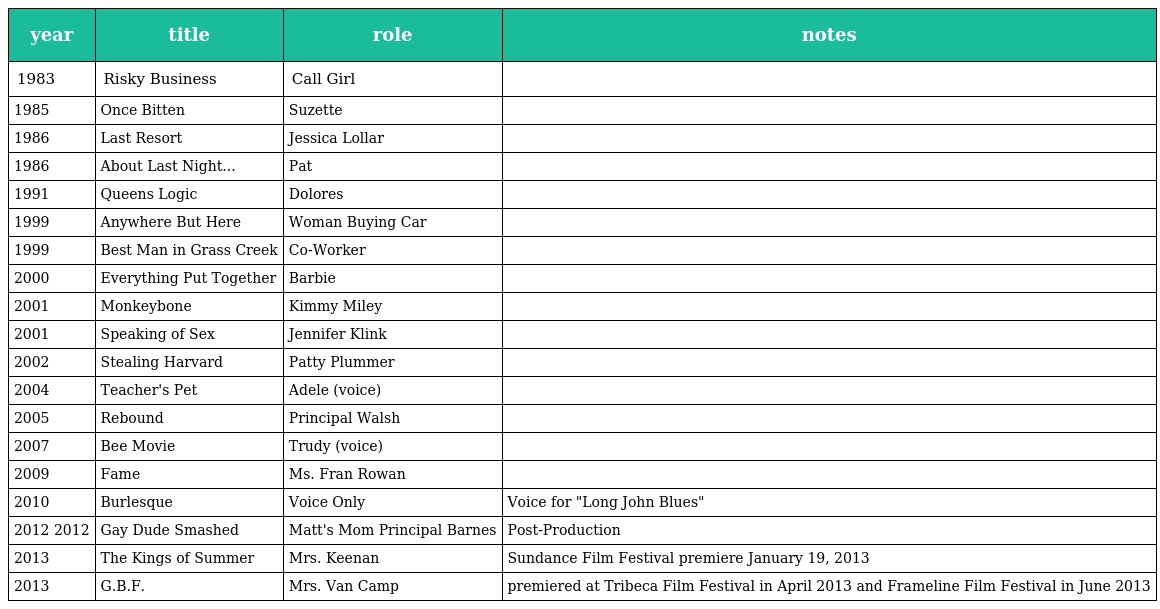
| year | title | role | notes |
 | --- | --- | --- | --- |
 | 1983 | Risky Business | Call Girl |  |
 | 1985 | Once Bitten | Suzette |  |
 | 1986 | Last Resort | Jessica Lollar |  |
 | 1986 | About Last Night... | Pat |  |
 | 1991 | Queens Logic | Dolores |  |
 | 1999 | Anywhere But Here | Woman Buying Car |  |
 | 1999 | Best Man in Grass Creek | Co-Worker |  |
 | 2000 | Everything Put Together | Barbie |  |
 | 2001 | Monkeybone | Kimmy Miley |  |
 | 2001 | Speaking of Sex | Jennifer Klink |  |
 | 2002 | Stealing Harvard | Patty Plummer |  |
 | 2004 | Teacher's Pet | Adele (voice) |  |
 | 2005 | Rebound | Principal Walsh |  |
 | 2007 | Bee Movie | Trudy (voice) |  |
 | 2009 | Fame | Ms. Fran Rowan |  |
 | 2010 | Burlesque | Voice Only | Voice for "Long John Blues" |
 | 2012 2012 | Gay Dude Smashed | Matt's Mom Principal Barnes | Post-Production |
 | 2013 | The Kings of Summer | Mrs. Keenan | Sundance Film Festival premiere January 19, 2013 |
 | 2013 | G.B.F. | Mrs. Van Camp | premiered at Tribeca Film Festival in April 2013 and Frameline Film Festival in June 2013 |